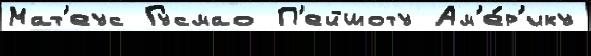
Мат'еус Гусмао П'ейшоту Ам'е́р'ику